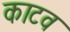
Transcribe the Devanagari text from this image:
काटव